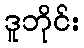
ဒူဘိုင်း